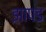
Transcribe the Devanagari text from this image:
झापड